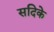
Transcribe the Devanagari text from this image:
सदिके